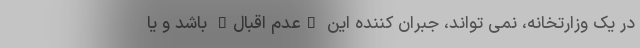
در یک وزارتخانه، نمی تواند، جبران کننده این "عدم اقبال" باشد و یا